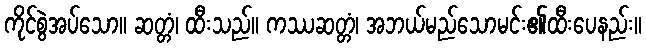
ကိုင်စွဲအပ်သော။ ဆတ္တံ၊ ထီးသည်။ ကဿဆတ္တံ၊ အဘယ်မည်သောမင်း၏ထီးပေနည်း။